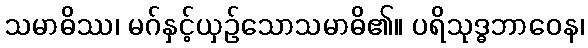
သမာဓိဿ၊ မဂ်နှင့်ယှဉ်သောသမာဓိ၏။ ပရိသုဒ္ဓဘာဝေန၊